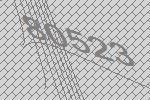
80523